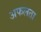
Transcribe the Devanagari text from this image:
अफलता